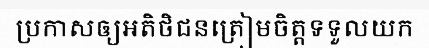
ប្រកាសឲ្យអតិថិជនត្រៀមចិត្តទទួលយក